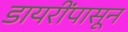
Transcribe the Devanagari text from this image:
डायरींपासून